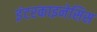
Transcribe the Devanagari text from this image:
इंटरकाइनेसिस